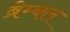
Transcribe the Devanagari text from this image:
ब्रेम्बल